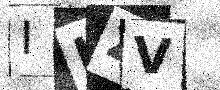
Text: ILZV